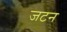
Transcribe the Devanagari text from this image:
जटन